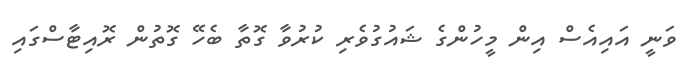
ވަނީ އައިއެސް އިން މީހުންގެ ޝައުގުވެރި ކުރުވާ ގޮތާ ބެހޭ ގޮތުން ރޮއިޓާސްގައި